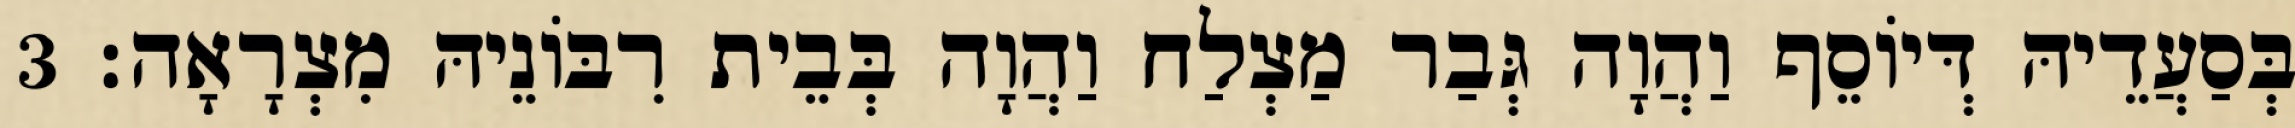
בְּסַעֲדֵיהּ דְּיוֹסֵף וַהֲוָה גְּבַר מַצְלַח וַהֲוָה בְּבֵית רִבּוֹנֵיהּ מִצְרָאָה׃ 3